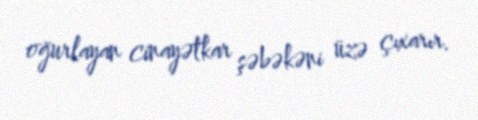
oğurlayan cinayətkar şəbəkəni üzə çıxarır.